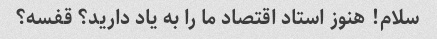
سلام! هنوز استاد اقتصاد ما را به یاد دارید؟ قفسه؟